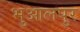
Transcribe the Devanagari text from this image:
भुआलपुर